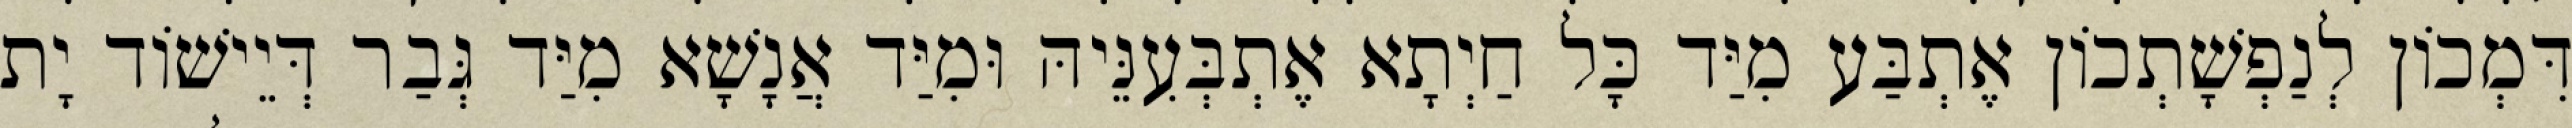
דִּמְכוֹן לְנַפְשָׁתְכוֹן אֶתְבַּע מִיַּד כָּל חַיְתָא אֶתְבְּעִנֵּיהּ וּמִיַּד אֲנָשָׁא מִיַּד גְּבַר דְּיֵישׁוֹד יָת